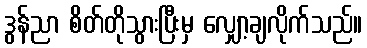
ဒွန်ညာ စိတ်တိုသွားပြီးမှ လျှော့ချလိုက်သည်။